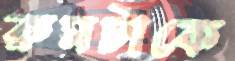
রুমটাকে